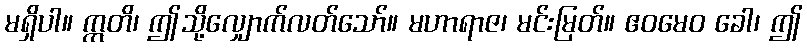
မရှိပါ။ ဣတိ၊ ဤသို့လျှောက်လတ်သော်။ မဟာရာဇ၊ မင်းမြတ်။ ဧဝမေဝ ခေါ၊ ဤ